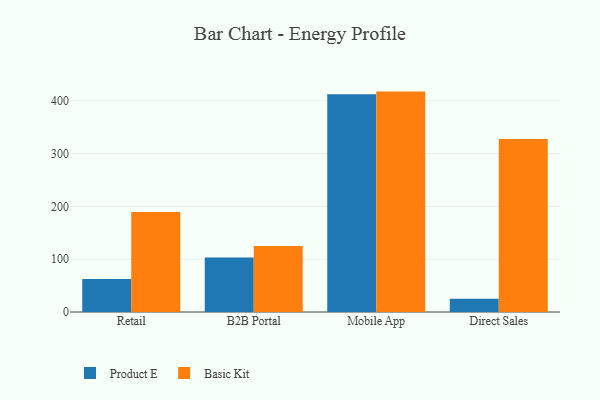
{"axis": {"x": "Channel", "y": "Page Views"}, "legend": ["Basic Kit", "Product E"], "data": [{"x": "Retail", "y": 62.3, "type": "Product E"}, {"x": "Retail", "y": 189.2, "type": "Basic Kit"}, {"x": "B2B Portal", "y": 103.1, "type": "Product E"}, {"x": "B2B Portal", "y": 124.9, "type": "Basic Kit"}, {"x": "Mobile App", "y": 412.7, "type": "Product E"}, {"x": "Mobile App", "y": 417.5, "type": "Basic Kit"}, {"x": "Direct Sales", "y": 24.9, "type": "Product E"}, {"x": "Direct Sales", "y": 327.6, "type": "Basic Kit"}]}